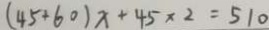
( 4 5 + 6 0 ) x + 4 5 \times 2 = 5 1 0